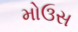
મોઉસ